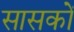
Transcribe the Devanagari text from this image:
सासकों